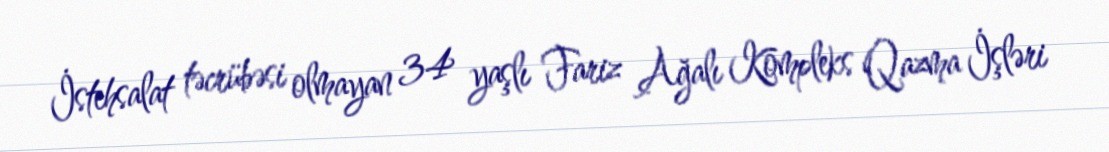
İstehsalat təcrübəsi olmayan 34 yaşlı Fariz Ağalı Kompleks Qazma İşləri